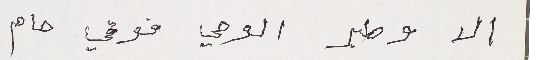
الا وطير الوحي فوقي حام